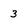
Character: 3